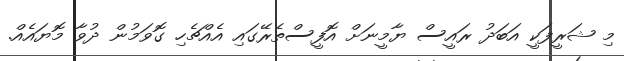
މި ޝަރީފަކީ އަބަދު ރައީސް ޔާމީނަށް އޮފީސްތެރޭގައި އެއްޗެހި ގޮވަމުން ދުވާ މޮޔައެއް.